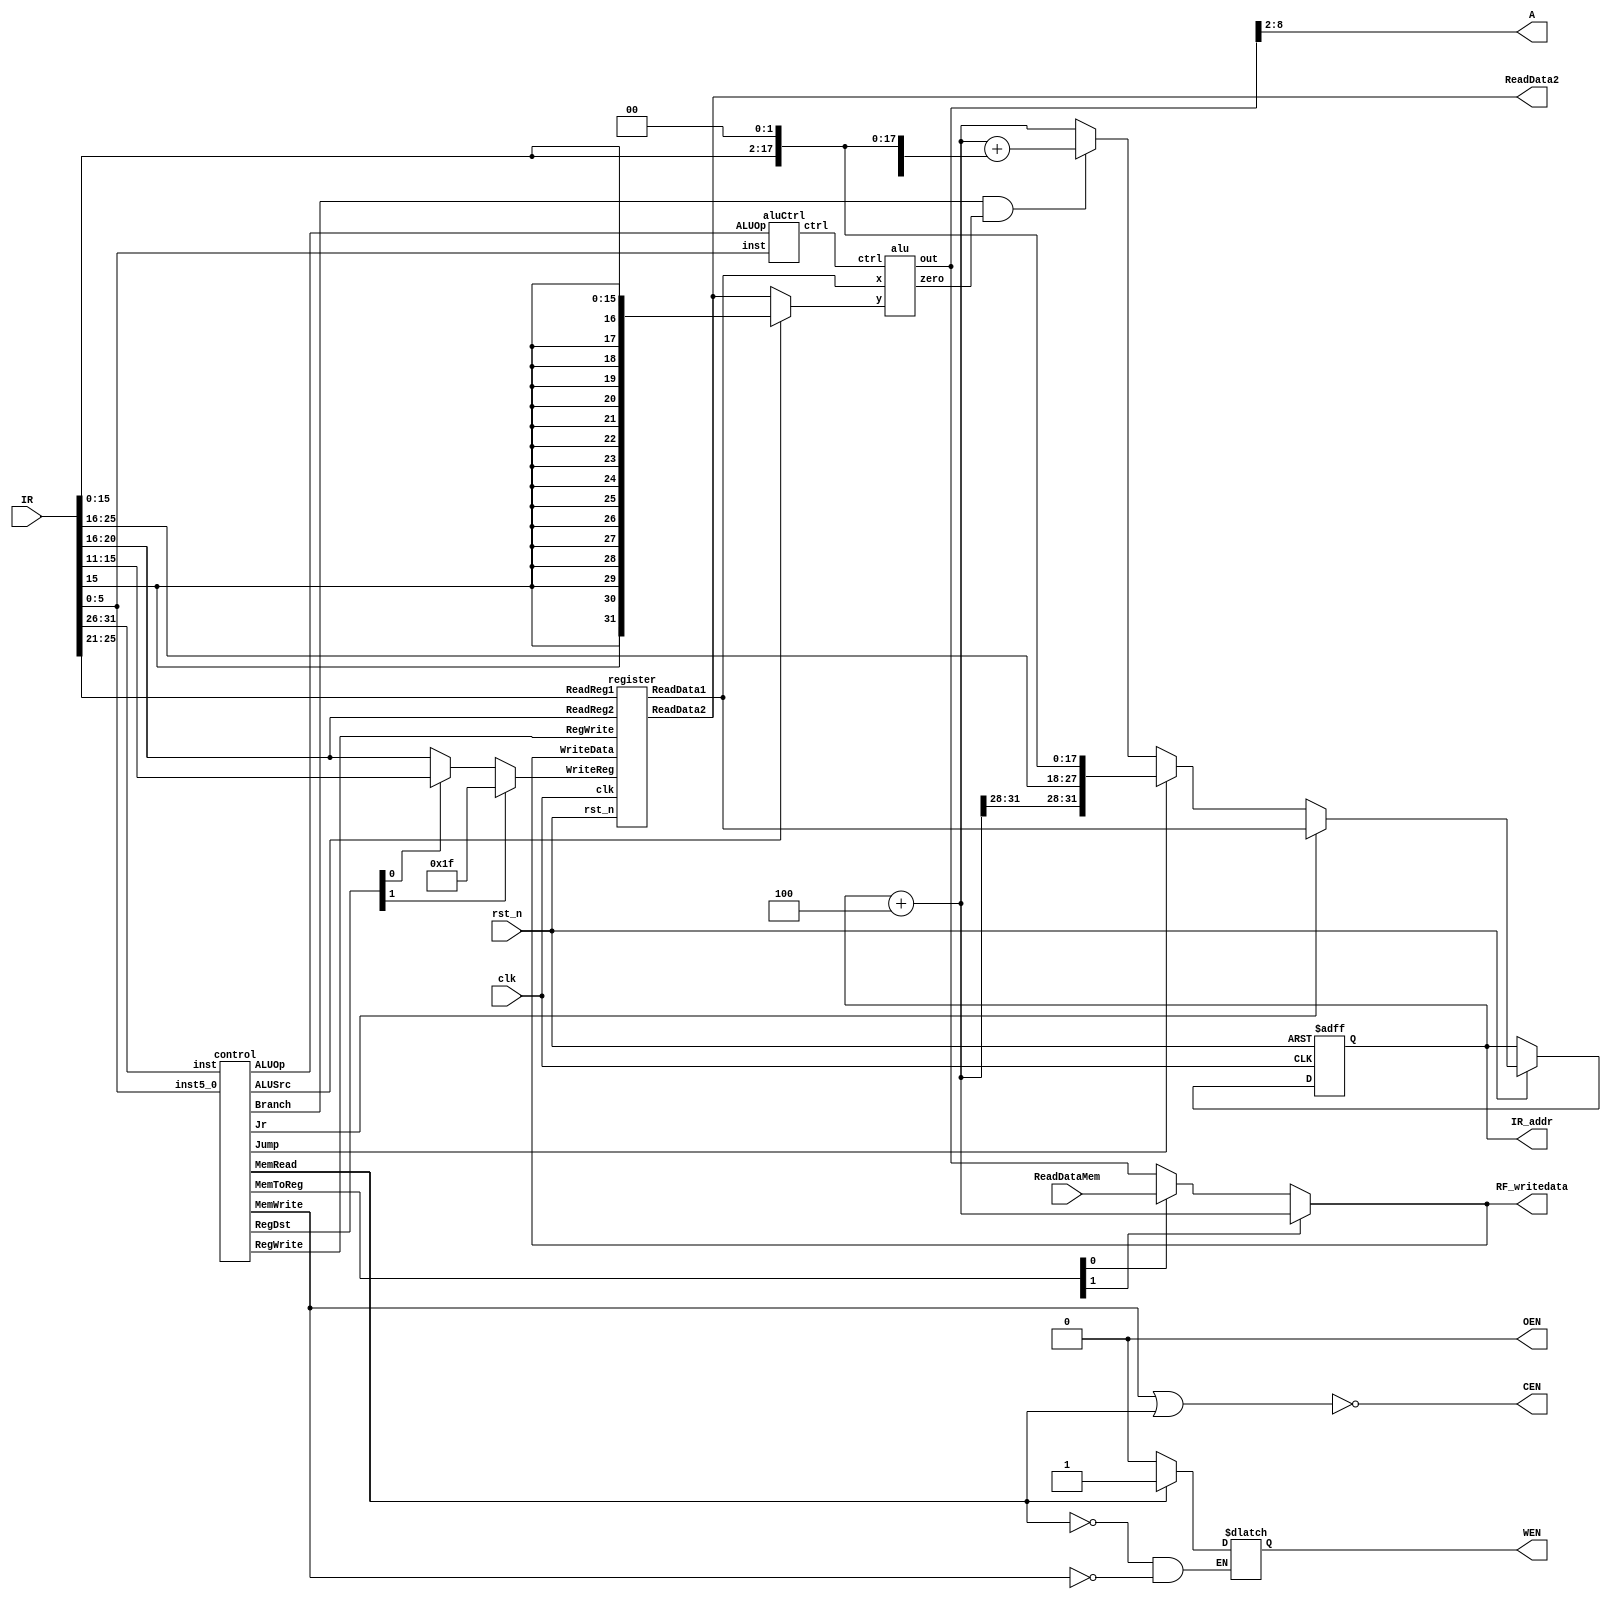
// Single Cycle MIPS
//=========================================================
// Input/Output Signals:
// positive-edge triggered         clk
// active low asynchronous reset   rst_n
// instruction memory interface    IR_addr, IR
// output for testing purposes     RF_writedata  
//=========================================================
// Wire/Reg Specifications:
// control signals             MemToReg, MemRead, MemWrite, 
//                             RegDST, RegWrite, Branch, 
//                             Jump, ALUSrc, ALUOp
// ALU control signals         ALUctrl
// ALU input signals           ALUin1, ALUin2
// ALU output signals          ALUresult, ALUzero
// instruction specifications  r, j, jal, jr, lw, sw, beq
// sign-extended signal        SignExtend
// MUX output signals          MUX_RegDST, MUX_MemToReg, 
//                             MUX_Src, MUX_Branch, MUX_Jump
// registers input signals     Reg_R1, Reg_R2, Reg_W, WriteData 
// registers                   Register
// registers output signals    ReadData1, ReadData2
// data memory contral signals CEN, OEN, WEN
// data memory output signals  ReadDataMem
// program counter/address     PCin, PCnext, JumpAddr, BranchAddr
//=========================================================

module SingleCycle_MIPS( 
    clk,
    rst_n,
    IR_addr,
    IR,
    RF_writedata,
    ReadDataMem,
    CEN,
    WEN,
    A,
    ReadData2,
    OEN
);

//==== in/out declaration =================================
    //-------- processor ----------------------------------
    input         clk, rst_n;
    input  [31:0] IR;
    output [31:0] IR_addr, RF_writedata;
    //-------- data memory --------------------------------
    input  [31:0] ReadDataMem;  // read_data from memory
    output        CEN;  // chip_enable, 0 when you read/write data from/to memory
    output        WEN;  // write_enable, 0 when you write data into SRAM & 1 when you read data from SRAM
    output  [6:0] A;  // address
    output [31:0] ReadData2;  // write_data to memory
    output        OEN;  // output_enable, 0

//==== reg/wire declaration ===============================
    //module wire declaration
    wire    [4:0]   ReadReg1, ReadReg2, WriteReg;
    wire    [31:0]  ReadData1, prev_ReadData2, WriteData;
    wire    [3:0]   ctrl;
    wire    [31:0]  y, ALUResult;
    wire            zero;
    wire    [5:0]   inst5_0,inst31_26;
    wire    [1:0]   ALUOp, RegDst, MemToReg;
    wire            Jump, Branch, MemRead, MemWrite, ALUSrc, RegWrite, Jr;
    reg		    prev_WEN;
    wire    [3:0]   next_addr31_28; 
    //combination reg/wire declaration
    wire    [4:0]   inst25_21, inst20_16, inst15_11;
    wire    [15:0]  inst15_0;
    wire    [25:0]  inst25_0;
    wire    [31:0]  sign_ext;

    //instruction address
    reg	    [31:0]  reg_IR_addr;
    wire    [31:0]  prev_IR_addr;
    wire    [31:0]  next_address, jump_address, ALU_address, sign_address;
    wire    [31:0]  muxres1, muxres2, muxres3;

//==== submodule instantiation ===========================
    //register
    register    register(.clk(clk), .rst_n(rst_n), .RegWrite(RegWrite), .ReadReg1(ReadReg1), .ReadReg2(ReadReg2),
                         .WriteReg(WriteReg), .WriteData(WriteData), .ReadData1(ReadData1),
                         .ReadData2(prev_ReadData2) );
    //alu
    alu         alu(.ctrl(ctrl), .x(ReadData1), .y(y), .zero(zero) ,.out(ALUResult));
    //aluControl
    aluCtrl     aluCtrl(.inst(inst5_0), .ALUOp(ALUOp), .ctrl(ctrl));
    //control
    control     control(.inst(inst31_26), .inst5_0(inst5_0), .RegDst(RegDst), .Jump(Jump), .Jr(Jr), .Branch(Branch), 
                        .MemRead(MemRead), .MemToReg(MemToReg), .ALUOp(ALUOp), .MemWrite(MemWrite),
                        .ALUSrc(ALUSrc), .RegWrite(RegWrite) );

//==== combinational part =================================
    assign RF_writedata = WriteData;
    //instruction dissipation
    assign inst31_26 = IR[31:26];
    assign inst25_21 = IR[25:21];
    assign inst20_16 = IR[20:16];
    assign inst15_11 = IR[15:11];
    assign inst5_0 = IR[5:0];
    assign inst15_0 = IR[15:0];
    assign inst25_0 = IR[25:0];
    
    //instruction memory
    assign prev_IR_addr = IR_addr;
    assign next_address = prev_IR_addr + 3'd4;
    assign next_addr31_28 = next_address[31:28];
    assign jump_address = {next_addr31_28, inst25_0, 2'b00 };
    assign sign_address = {sign_ext[29:0], 2'b00};
    assign ALU_address = next_address + sign_address;
    assign muxres1 = (Branch & zero) ? ALU_address : next_address;
    assign muxres2 = (Jump) ? jump_address : muxres1;
    assign muxres3 = (Jr)? ReadData1 : muxres2;

    //inst to register/control/aluCtrl
    assign ReadReg1 = inst25_21;
    assign ReadReg2 = inst20_16;
    assign WriteReg = (RegDst[1]) ? 5'b11111 : ((RegDst[0]) ? inst15_11 : inst20_16);
    assign sign_ext = {{16{inst15_0[15]}}, inst15_0[15:0]};
    //register to alu
    assign y = (ALUSrc) ? sign_ext : prev_ReadData2;
    //data memory
    assign ReadData2 = prev_ReadData2;
//    assign WEN = MemRead;
    always@(*) begin
	if(MemWrite)
	    prev_WEN <= 1'b0;
	if(MemRead)
	    prev_WEN <= 1'b1;
    end
    assign WEN = prev_WEN;
    assign CEN = ~(MemWrite | MemRead);
    assign OEN = 1'b0;
    assign A = ALUResult[8:2];
    assign WriteData = (MemToReg[1]) ? next_address : (MemToReg[0] ? ReadDataMem : ALUResult);

//==== sequential part ====================================
    always@(posedge clk or negedge rst_n) begin
	if(~rst_n)
	    reg_IR_addr <= 32'b0;
	else if(rst_n)
	    reg_IR_addr <= muxres3;
    end
    assign IR_addr = reg_IR_addr;
endmodule

// submodule
//====== REGISTER =======
module register(
        clk,
	rst_n,
        RegWrite,
        ReadReg1,
        ReadReg2,
        WriteReg,
        WriteData,
        ReadData1,
        ReadData2
);
    //==== in/out reg/wire declaration ====
    input           clk, rst_n, RegWrite;
    input   [4:0]   ReadReg1, ReadReg2, WriteReg;
    input   [31:0]  WriteData;
    output  [31:0]  ReadData1,ReadData2;
    
    reg [31:0] register [31:0];
    reg [31:0] prev_ReadData1, prev_ReadData2;
    //==== combinational part ====
    
    always@(negedge rst_n or posedge clk) begin
	//rst operation
	if(~rst_n) begin
	    register[0] <= 32'b0;
  	    register[1] <= 32'b0;
	    register[2] <= 32'b0;
	    register[3] <= 32'b0;
	    register[4] <= 32'b0;
	    register[5] <= 32'b0;
	    register[6] <= 32'b0;
	    register[7] <= 32'b0;
	    register[8] <= 32'b0;
	    register[9] <= 32'b0;
 	    register[10] <= 32'b0;
	    register[11] <= 32'b0;
	    register[12] <= 32'b0;
	    register[13] <= 32'b0;
	    register[14] <= 32'b0;
	    register[15] <= 32'b0;
	    register[16] <= 32'b0;
	    register[17] <= 32'b0;
	    register[18] <= 32'b0;
	    register[19] <= 32'b0;
 	    register[20] <= 32'b0;
	    register[21] <= 32'b0;
	    register[22] <= 32'b0;
	    register[23] <= 32'b0;
	    register[24] <= 32'b0;
	    register[25] <= 32'b0;
	    register[26] <= 32'b0;
	    register[27] <= 32'b0;
	    register[28] <= 32'b0;
	    register[29] <= 32'b0;
	    register[30] <= 32'b0;
	    register[31] <= 32'b0;
	end
	else if(rst_n) begin
		//write operation
	    if(RegWrite == 1'b1) begin
            	if(WriteReg != 5'b0)
	    register[WriteReg] <= WriteData;
            end
	end
    end

    //read operation
    assign ReadData1 = prev_ReadData1;
    assign ReadData2 = prev_ReadData2;
    always@(*) begin
        prev_ReadData1 <= register[ReadReg1];
        prev_ReadData2 <= register[ReadReg2];
    end
        
endmodule

//====== ALU ======
module alu(
    ctrl,
    x,
    y,
    zero,
    out
);
    //==== in/out reg/wire declaration ====
    input   [3:0]   ctrl;
    input   [31:0]  x, y;
    output          zero;
    output  [31:0]  out;

    reg         prev_zero;
    reg [31:0]  prev_out;
    //==== combinational part ====
    assign zero = prev_zero;
    assign out = prev_out;
    always@(*) begin
        if(ctrl == 4'b0010)
            prev_out <= x + y;
        else if(ctrl == 4'b0110)
            prev_out <= x - y;
        else if(ctrl == 4'b0000)
            prev_out <= x & y;
        else if(ctrl == 4'b0001)
            prev_out <= x | y;
        else if(ctrl == 4'b0111) begin
            if (x < y)
                prev_out <= 1;
            else
                prev_out <= 32'b0;
        end
        else if(ctrl == 4'b1100)
            prev_out <= ~(x | y);
        if(x - y == 32'b0)
	    prev_zero <= 1'b1;
	else if(x - y != 32'b0)
	    prev_zero <= 1'b0;
    end
endmodule

//====== ALU CONTROL ======
module aluCtrl(
        inst,
        ALUOp,
        ctrl
);
    //==== in/out reg/wire declaration ====
    input   [5:0]   inst;
    input   [1:0]   ALUOp;
    output  [3:0]   ctrl;

    wire    [1:0]   tmp;
    //==== combinational part ====
    assign tmp[0] = ALUOp[1] & inst[1];
    assign tmp[1] = inst[0] | inst[3];
    assign ctrl[3] = 1'b0;
    assign ctrl[2] = ALUOp[0] | tmp[0];
    assign ctrl[1] = (~ALUOp[1]) | (~inst[2]);
    assign ctrl[0] = ALUOp[1] & tmp[1];
endmodule

//====== CONTROL ======
module control(
        inst,
	inst5_0,
        RegDst,
	Jr,
        Jump,
        Branch,
        MemRead,
        MemToReg,
        ALUOp,
        MemWrite,
        ALUSrc,
        RegWrite
);
    //==== in/out reg/wire declaration ====
    input   [5:0]   inst, inst5_0;
    output  [1:0]   RegDst, MemToReg, ALUOp;
    output  Jr, Jump, Branch, MemRead, MemWrite, ALUSrc, RegWrite;

    reg         prev_Jump, prev_Jr, prev_Branch, prev_MemRead;
    reg [1:0]   prev_RegDst, prev_ALUOp, prev_MemToReg;
    reg         prev_MemWrite, prev_ALUSrc, prev_RegWrite;
    //==== combinational part ====
    assign RegDst = prev_RegDst;
    assign Jump = prev_Jump;
    assign Jr = prev_Jr;
    assign Branch = prev_Branch;
    assign MemRead = prev_MemRead;
    assign MemToReg = prev_MemToReg;
    assign ALUOp = prev_ALUOp;
    assign MemWrite = prev_MemWrite;
    assign ALUSrc = prev_ALUSrc;
    assign RegWrite = prev_RegWrite;

    always@(*) begin
	//R-type
        if(inst == 6'b000000) begin
	    prev_RegDst <= 2'b01;
            prev_Branch <= 1'b0;
            prev_MemRead <= 1'b0;
            prev_MemToReg <= 2'b00;
            prev_ALUOp <= 2'b10;
            prev_MemWrite <= 1'b0;
            prev_ALUSrc <= 1'b0;
            prev_RegWrite <= 1'b1;
	    prev_Jump <= 1'b0;    
	   //normal R-type
	    if(inst5_0 != 6'b001000) 
		prev_Jr <= 1'b0;
	    //jr
	    else if(inst5_0 == 6'b001000)
		prev_Jr <= 1'b1;
        end
	//lw
        else if(inst == 6'b100011) begin
            prev_RegDst <= 2'b00;
            prev_Branch <= 1'b0;
            prev_MemRead <= 1'b1;
            prev_MemToReg <= 2'b01;
            prev_ALUOp <= 2'b00;
            prev_MemWrite <= 1'b0;
            prev_ALUSrc <= 1'b1;
            prev_RegWrite <= 1'b1;
	    prev_Jump <= 1'b0;
	    prev_Jr <= 1'b0;           
        end
	//sw
        else if(inst == 6'b101011) begin
            prev_Branch <= 1'b0;
            prev_MemRead <= 1'b0;
            prev_ALUOp <= 2'b00;
            prev_MemWrite <= 1'b1;
            prev_ALUSrc <= 1'b1;
            prev_RegWrite <= 1'b0;
	    prev_Jump <= 1'b0;
	    prev_Jr <= 1'b0;
        end
	//beq
        else if(inst == 6'b000100) begin
            prev_Branch <= 1'b1;
            prev_MemRead <= 1'b0;
            prev_ALUOp <= 2'b01;
            prev_MemWrite <= 1'b0;
            prev_ALUSrc <= 1'b0;
            prev_RegWrite <= 1'b0;
	    prev_Jump <= 1'b0;
	    prev_Jr <= 1'b0;            
        end
	//jump
        else if(inst == 6'b000010) begin
            prev_RegWrite <= 1'b0;
	    prev_MemRead <= 1'b0;
	    prev_MemWrite <= 1'b0;
	    prev_Jump <= 1'b1;
	    prev_Jr <= 1'b0;
	end
	//jal
	else if(inst == 6'b000011) begin
	    prev_RegDst <= 2'b10;
	    prev_MemToReg <= 2'b10;
	    prev_RegWrite <= 1'b1;
	    prev_MemRead <= 1'b0;
	    prev_MemWrite <= 1'b0;
	    prev_Jump <= 1'b1;
	    prev_Jr <= 1'b0;
	end
    end
endmodule